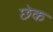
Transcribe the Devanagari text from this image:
छेक